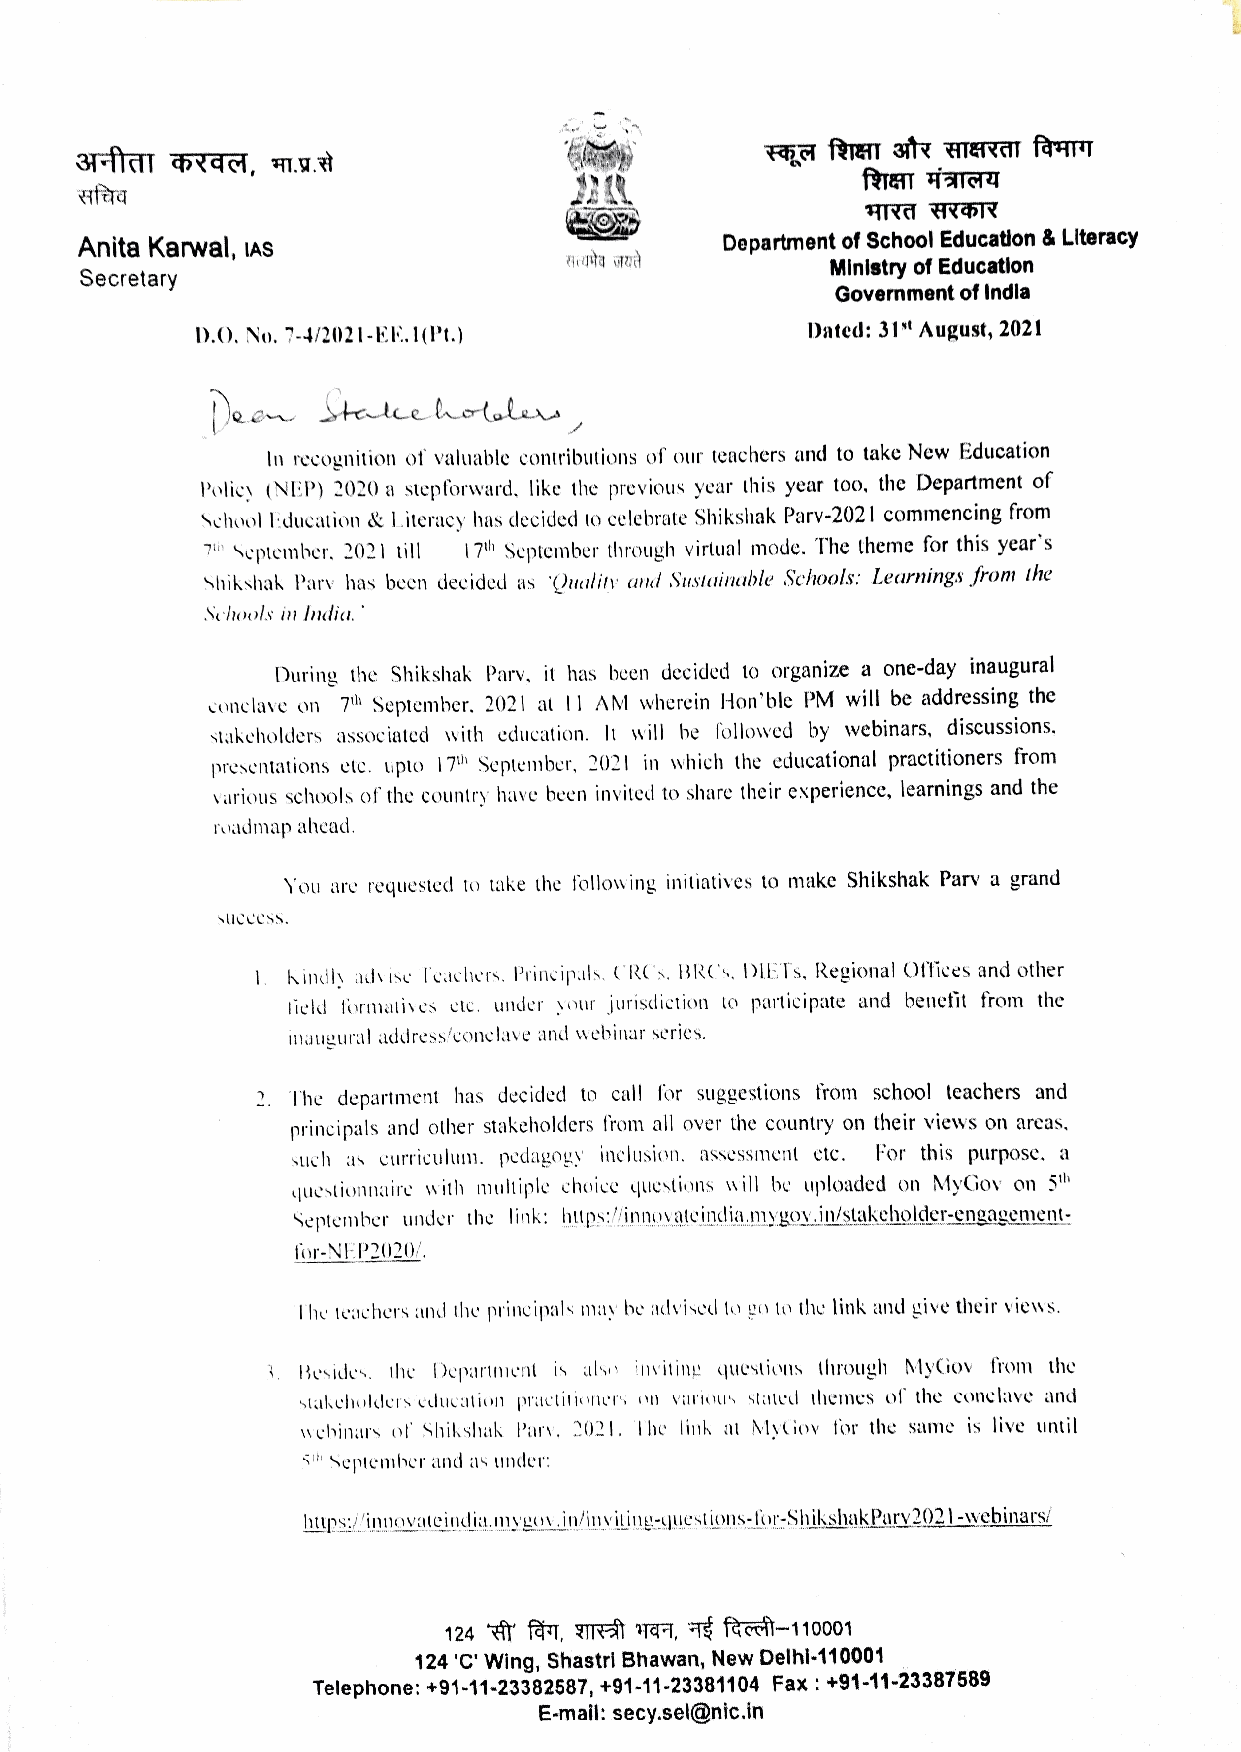
Anita Karwal, ias                          Department of School Educatlon & LIteracy
 Ministry of Education
 Secretary
 Government of Indla
 Dated: 31t August, 2021
 D.O. No. 7-4/2021-EE.1(Pt.)
 In recognition of valuable contributions of our teachers and to take New Education
 Poliey (NEP) 2020 a stepforward. like the previous year this year too, the Department of
 Sehool Lducation & Literaey has decided to celebrate Shikshak Parv-2021 commnencing from
 7u eptember. 2021 till 17th September through virlual mode. The theme for this year's
 Shikshak Parv has been decided as Quulin amd Sustaimable Schools: Learnings from the
 Sehools in mdia.
 During the Shikshak Parv. it has been decided to organize a one-day inaugural
 conclave on 7th Seplember. 2021 at 11 AM wherein Hon'ble PM will be addressing the
 Stakeholders associated with education. It will be followed by webinars, discussions.
 presentations etc. upto 17th September, 2021 in which the educational practitioners from
 various schools of the country have been invited to share their experience, learnings and the
 roadmap ahead.
 You are requested to take the following initiatives to make Shikshak Parv a grand
 sUccess.
 Kindly adise Teachers. Prineipals. CRCs. BRC's. DIETs. Regional Ottices and other
 lield formatives elc. under your jurisliction to participate and benefit from the
 Iaugural address'conelave and webinar series.
 2 The department has decided to call for suggestions from school teachers and
 principals and other stakeholders from all over the country on their views on arcas.
 such as curriculum. pedagoyy inelusion. assessment etc. For this purpose. a
 questionmaire with multiple choice questions will be uploaded on MyGov on 51h
 September under the link: hups:/innoxalcindia.mygov.in/stakeholder-cngagement-
 for-NEP2020/.
 The teachers and the principals may be advised lo go to the link and give their views.
 eside. the Departnient is als invitine questios through MyCiov from the
 stakeholders education practil ioners nn various stted themes of the conclave and
 webinars of Shikshak Parv. 2021. The link au MyCiov for the same is live unil
 Sh September and as under:
 htups:/innovalcindik, n1ygov.in/inviting-yuestions-tor-ShikshakPary2021-webinars
 124 fa,  MTE 7a7, T ftov-110001
 124 'C' Wing, Shastrl Bhawan, New Delhi-110001
 Telephone: +91-11-23382587, +91-11-23381104 Fax: +91-11-23387589
 E-mail: secy.sel@nic.in